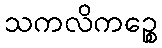
သကလိကဉ္စေ